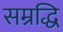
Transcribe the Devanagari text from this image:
सम्रद्धि